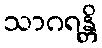
သာဂရန္တိ